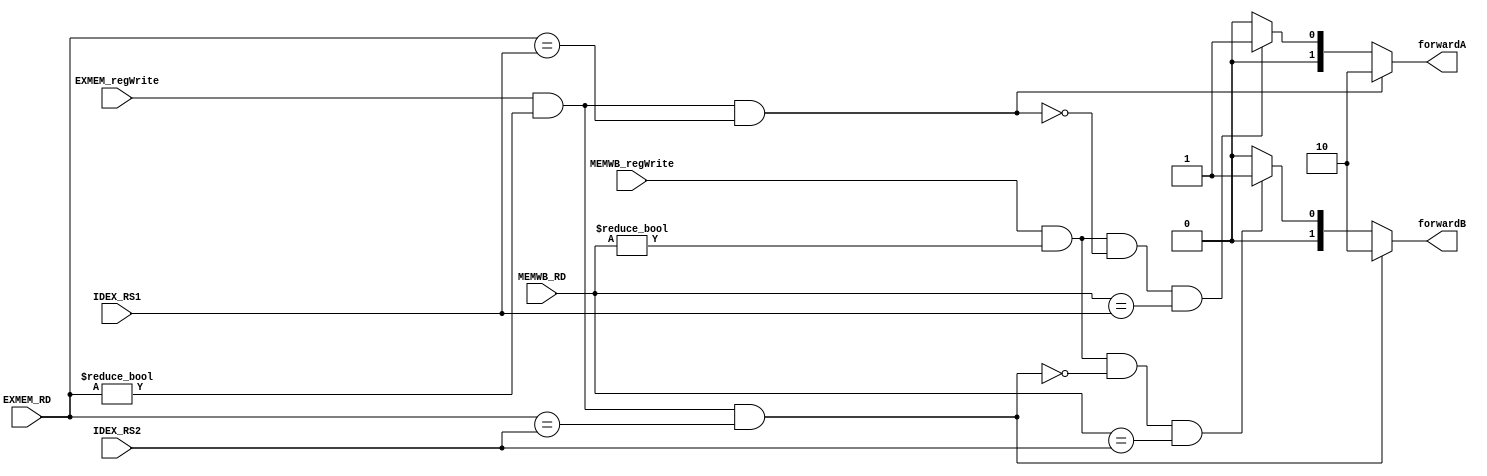
`timescale 1ns/1ns
module fwdunit
(
    input wire [3:0]  IDEX_RS1,
    input wire [3:0]  IDEX_RS2,
    input wire [3:0]  MEMWB_RD,
    input wire [3:0]  EXMEM_RD,
    input wire        EXMEM_regWrite,
    input wire        MEMWB_regWrite,
    output wire [1:0] forwardA,
    output wire [1:0] forwardB
);

assign forwardA =
    //EX Hazard
    ((EXMEM_regWrite == 1'b1) && (EXMEM_RD != 4'b0) && (EXMEM_RD == IDEX_RS1)) ? 2'b10 :
    //MEM Hazard
    ((MEMWB_regWrite == 1'b1) && (MEMWB_RD != 4'b0) &&
    !((EXMEM_regWrite == 1'b1) && (EXMEM_RD != 4'b0) && (EXMEM_RD == IDEX_RS1)) &&
    (MEMWB_RD == IDEX_RS1)) ? 2'b01 :
    //No Hazard
    2'b00;

assign forwardB =
    //EX Hazard
    ((EXMEM_regWrite == 1'b1) && (EXMEM_RD != 4'b0) && (EXMEM_RD == IDEX_RS2)) ? 2'b10:
    //MEM Hazard
    ((MEMWB_regWrite == 1'b1) && (MEMWB_RD != 4'b0) &&
    !((EXMEM_regWrite == 1'b1) && (EXMEM_RD != 4'b0) && (EXMEM_RD == IDEX_RS2)) &&
    (MEMWB_RD == IDEX_RS2)) ? 2'b01 :
    //No Hazard
    2'b00;

endmodule